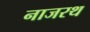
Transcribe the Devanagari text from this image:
नाजरथ